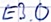
Text: E3.0